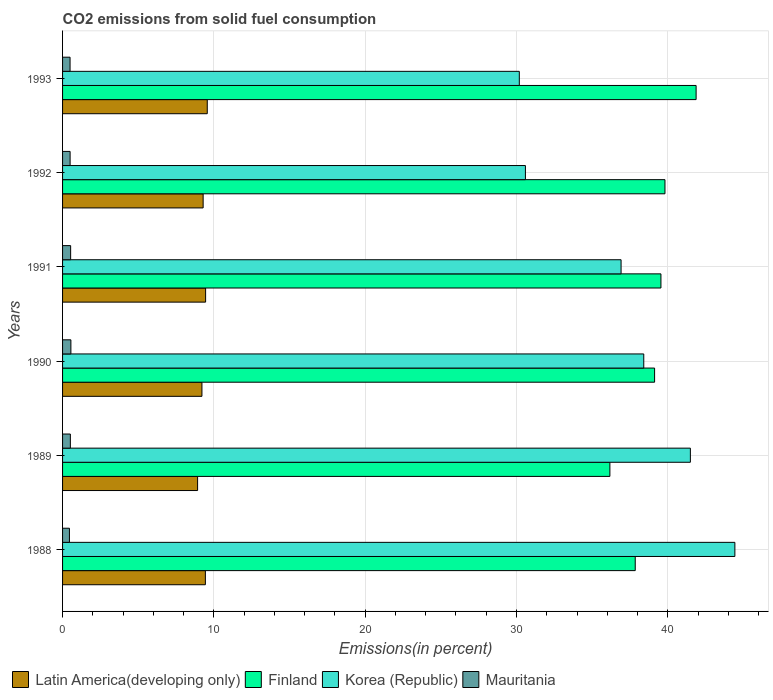
| Years | Latin America(developing only) | Finland | Korea (Republic) | Mauritania |
 | --- | --- | --- | --- | --- |
 | 1988 | 9.44 | 37.8 | 44.4 | 0.454 |
 | 1989 | 8.92 | 36.2 | 41.5 | 0.515 |
 | 1990 | 9.21 | 39.1 | 38.4 | 0.55 |
 | 1991 | 9.45 | 39.5 | 36.9 | 0.533 |
 | 1992 | 9.29 | 39.8 | 30.6 | 0.499 |
 | 1993 | 9.56 | 41.9 | 30.2 | 0.496 |